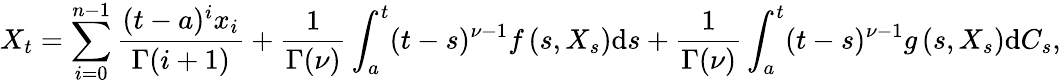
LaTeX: X_{t}=\sum_{i=0}^{n-1}\frac{(t-a)^{i}x_{i}}{\Gamma(i+1)}+\frac{1}{\Gamma(\nu)}\int_{a}^{t}(t-s)^{\nu-1}f\left(s,X_{s}\right)\mathrm{d}s+\frac{1}{\Gamma(\nu)}\int_{a}^{t}(t-s)^{\nu-1}g\left(s,X_{s}\right)\mathrm{d}C_{s},